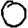
Digit: 0